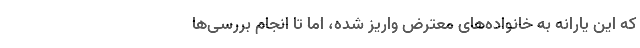
که این یارانه به خانواده‌های معترض واریز شده، اما تا انجام بررسی‌ها